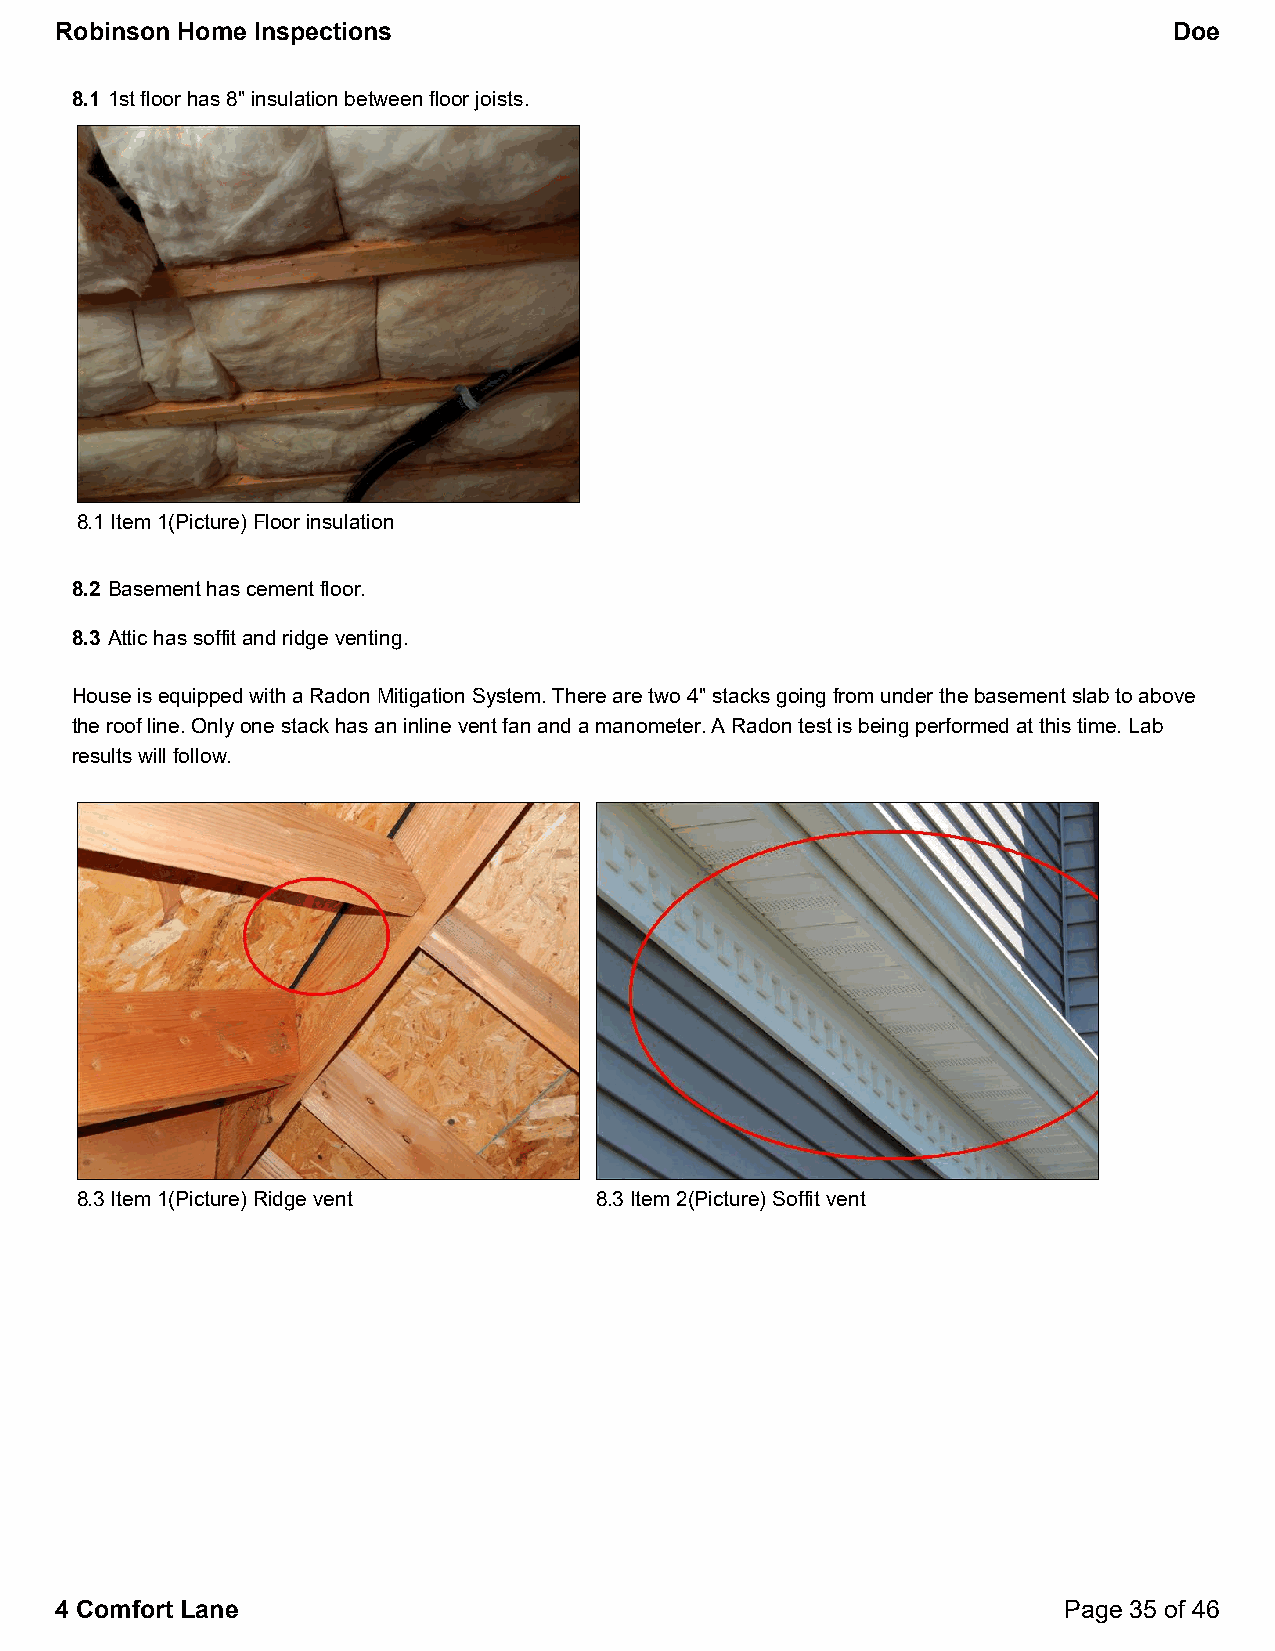
Robinson Home Inspections                                                 Doe
 8.1 1st floor has 8" insulation between floor joists.
 8.1 Item 1(Picture) Floor insulation
 8.2 Basement has cement floor.
 8.3 Attic has soffit and ridge venting.
 House is equipped with a Radon Mitigation System. There are two 4" stacks going from under the basement slab to above
 the roof line. Only one stack has an inline vent fan and a manometer. A Radon test is being performed at this time. Lab
 results will follow.
 8.3 Item 1(Picture) Ridge vent    8.3 Item 2(Picture) Soffit vent
 4 Comfort Lane                                                    Page 35 of 46